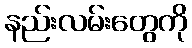
နည်းလမ်းတွေကို